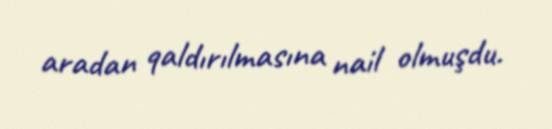
aradan qaldırılmasına nail olmuşdu.